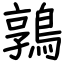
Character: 鶉